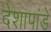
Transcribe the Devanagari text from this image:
देशापांडे